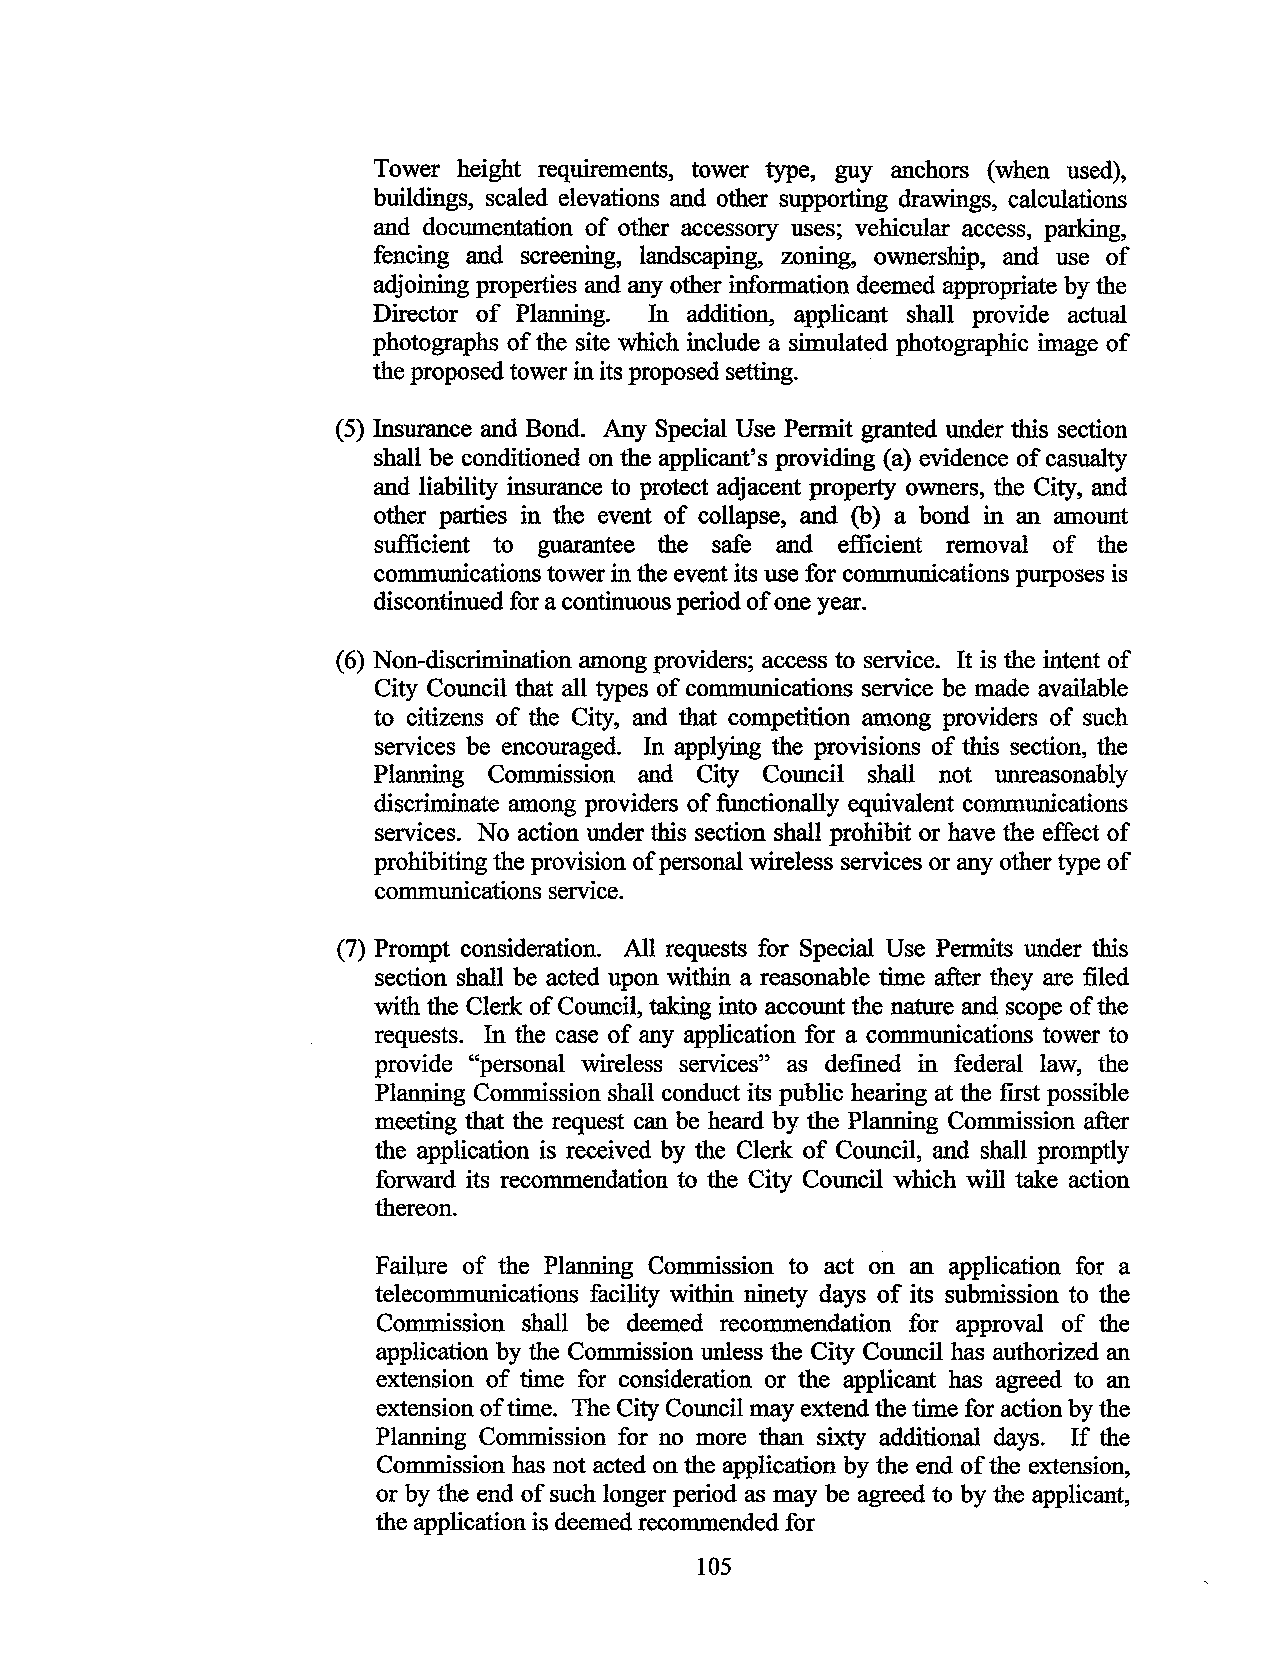
Tower height requirements, tower type, guy anchors (when used),
 buildings, scaled elevations and other supporting drawings, calculations
 and documentation of other accessory uses; vehicular access, parking,
 fencing and screening, landscaping, zoning, ownership, and use of
 adjoining properties and any other information deemed appropriate by the
 Director of Planning. In addition, applicant shall provide actual
 photographs of the site which include a simulated photographic image of
 the proposed tower in its proposed setting. ·
 (5) Insurance and Bond. Any Special Use Permit granted under this section
 shall be conditioned on the applicant's providing (a) evidence of casualty
 and liability insurance to protect adjacent property owners, the City, and
 other parties in the event of collapse, and (b) a bond in an amount
 sufficient to guarantee the safe and efficient removal of the
 communications tower in the event its use for communications purposes is
 discontinued for a continuous period of one year.
 (6) Non-discrimination among providers; access to service. It is the intent of
 City Council that all types of communications service be made available
 to citizens of the City, and that competition among providers of such
 services be encouraged. In applying the provisions of this section, the
 Planning Commission and City Council shall not unreasonably
 discriminate among providers of functionally equivalent communications
 services. No action under this section shall prohibit or have the effect of
 prohibiting the provision of personal wireless services or any other type of
 communications service.
 (7) Prompt consideration. All requests for Special Use Permits under this
 section shall be acted upon within a reasonable time after they are filed
 with the Clerk of Council, taking into account the nature and scope of the
 requests. In the case of any application for a communications tower to
 provide "personal wireless services" as defined in federal law, the
 Planning Commission shall conduct its public hearing at the first possible
 meeting that the request can be heard by the Planning Commission after
 the application is received by the Clerk of Council, and shall promptly
 forward its recommendation to the City Council which will take action
 thereon.
 Failure of the Planning Commission to act on an application for a
 telecommunications facility within ninety days of its submission to the
 Commission shall be deemed recommendation for approval of the
 application by the Commission unless the City Council has authorized an
 extension of time for consideration or the applicant has agreed to an
 extension of time. The City Council may extend the time for action by the
 Planning Commission for no more than sixty additional days. If the
 Commission has not acted on the application by the end of the extension,
 or by the end of such longer period as may be agreed to by the applicant,
 the application is deemed recommended for
 105